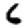
Digit: 6